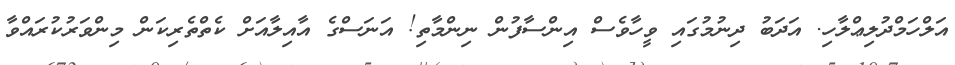
އަލްހަމްދުލިޢްލާހި. އަދަބު ދިނުމުގައި ވީހާވެސް އިންސާފުން ނިންމާތި! އަނަސްގެ އާއިލާއަށް ކެތްތެރިކަން މިންވަރުކުރައްވާ